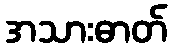
အသားဓာတ်